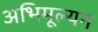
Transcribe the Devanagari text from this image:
अभिमूल्यन